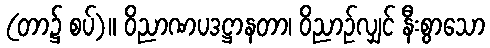
(တာ၌ စပ်)။ ဝိညာဏပဒဋ္ဌာနတာ၊ ဝိညာဉ်လျှင် နီးစွာသော